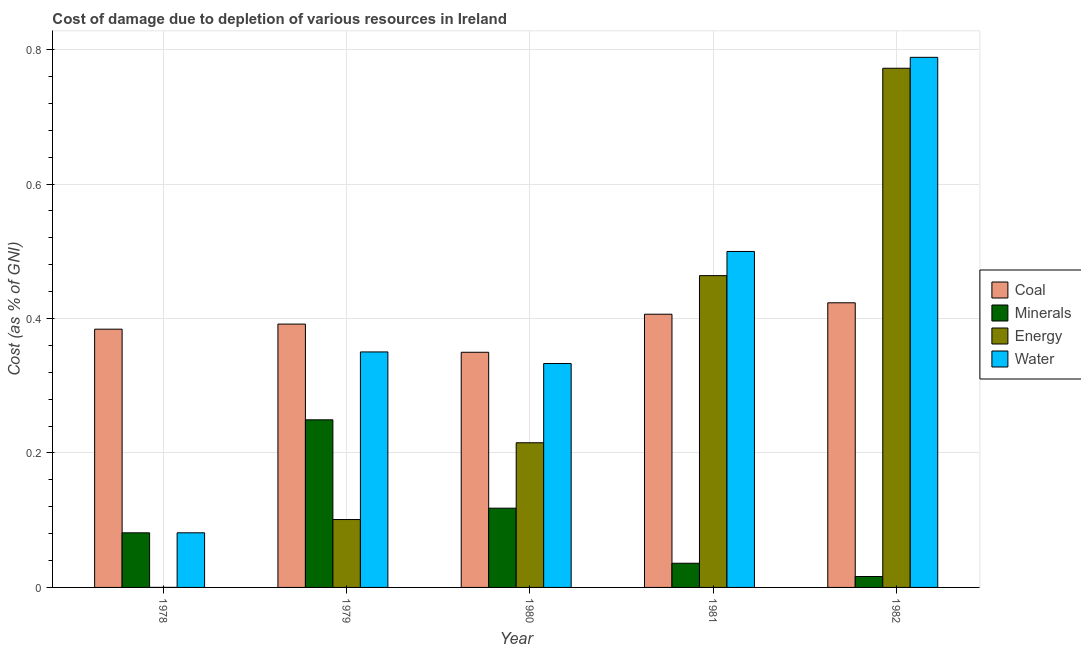
| Year | Coal | Minerals | Energy | Water |
 | --- | --- | --- | --- | --- |
 | 1978 | 0.384 | 0.0812 | 3.39e-05 | 0.0813 |
 | 1979 | 0.392 | 0.249 | 0.101 | 0.35 |
 | 1980 | 0.35 | 0.118 | 0.215 | 0.333 |
 | 1981 | 0.406 | 0.036 | 0.464 | 0.5 |
 | 1982 | 0.423 | 0.0162 | 0.772 | 0.789 |